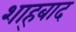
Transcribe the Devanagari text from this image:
शाह्बाद